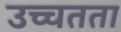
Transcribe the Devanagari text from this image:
उच्चतता